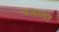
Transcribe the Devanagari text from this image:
पलाला